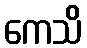
ကေသိ